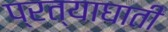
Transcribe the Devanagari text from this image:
प्रत्याघाती